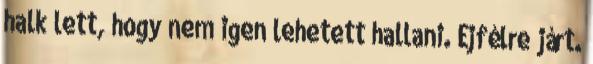
halk lett, hogy nem igen lehetett hallani. Éjfélre járt.